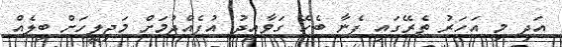
އަދި މި އަހަރު ތެރޭގައި ފެނާ ބެހޭ ގަވާއިދު އުފެއްދުމަށް މަޖިލީހަށް ބިލެއް